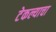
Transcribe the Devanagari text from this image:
टेकल्याचा